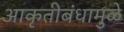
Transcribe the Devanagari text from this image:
आकृतीबंधामुळे